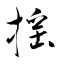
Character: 揺